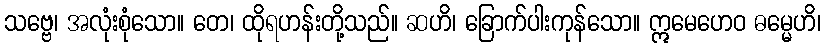
သဗ္ဗေ၊ အလုံးစုံသော။ တေ၊ ထိုရဟန်းတို့သည်။ ဆဟိ၊ ခြောက်ပါးကုန်သော။ ဣမေဟေဝ ဓမ္မေဟိ၊